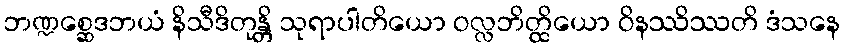
ဘဏ္ဍစ္ဆေဒဘယံ နိသီဒိတုန္တိ သုရာပါတိယော ဝလ္လဘိတ္ထိယော ဝိနဿိဿတိ ဒံသနေ